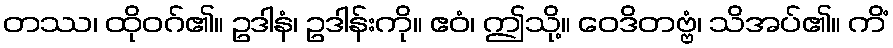
တဿ၊ ထိုဝဂ်၏။ ဥဒါနံ၊ ဥဒါန်းကို။ ဧဝံ၊ ဤသို့။ ဝေဒိတဗ္ဗံ၊ သိအပ်၏။ ကိံ